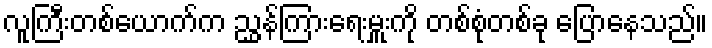
လူကြီးတစ်ယောက်က ညွှန်ကြားရေးမှူးကို တစ်စုံတစ်ခု ပြောနေသည်။